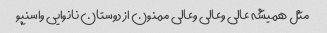
مثل همیشه عالی وعالی وعالی ممنون از دوستان نانوایی واسنپو